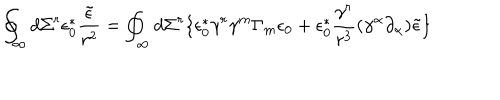
\oint _ { \infty } d \Sigma ^ { r } \epsilon _ { 0 } ^ { \ast } \frac { \tilde { \epsilon } } { r ^ { 2 } } = \oint _ { \infty } d \Sigma ^ { r } \lbrace \epsilon _ { 0 } ^ { \ast } \gamma ^ { r } \gamma ^ { m } \Gamma _ { m } \epsilon _ { 0 } + \epsilon _ { 0 } ^ { \ast } \frac { \gamma ^ { r } } { r ^ { 3 } } ( \gamma ^ { \alpha } \partial _ { \alpha } ) \tilde { \epsilon } \rbrace